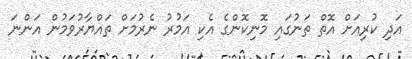
އަދި ކުރިއަށް އޮތް ތަނުގައި މޮނިކޮންގެ އެކި އަމުރު ނެރުމަށް ތައްޔާރުވަމުން އަންނަ